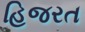
હિજરત